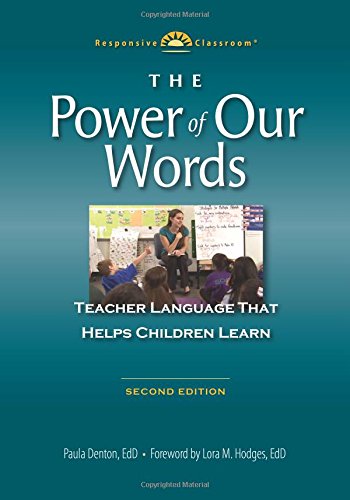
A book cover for The Power of Our Words: Teacher Language that Helps Children Learn (Responsive Classroom); Paula Denton; Education & Teaching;